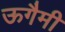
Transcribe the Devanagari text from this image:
ऊगैमी